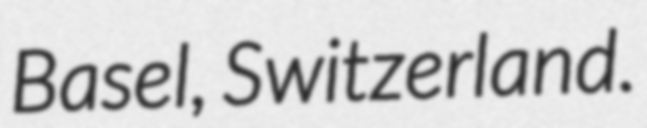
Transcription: Basel, Switzerland.